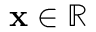
\mathbf { x } \in \mathbb { R }